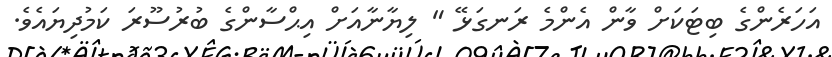
އަހަރެންގެ ބިޓަކަށް ވާން އެންމެ ރަނގަޅޭ " ލިޔާނާއަށް އިޙްސާންގެ ބުރުސޫރަ ކަމުދިޔައެވެ.